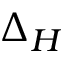
\Delta _ { H }